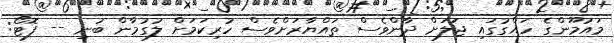
މައުމޫންގެ ހައްގުގައި ޖަލަށް ދާންވެސް ތައްޔާރަށްވެސް ހުރިކަމަށް ލުގުމާން ބުނި -- ފޮޓޯ: